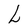
Character: L